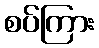
စပ်ကြား